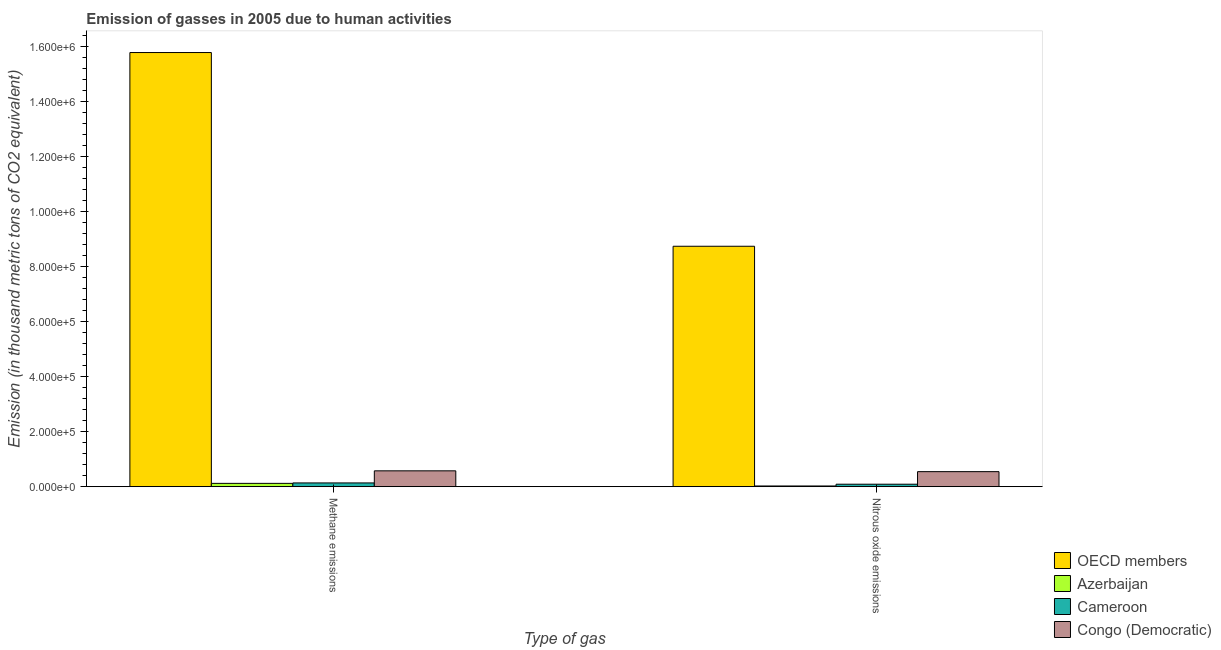
| Type of gas | OECD members | Azerbaijan | Cameroon | Congo (Democratic) |
 | --- | --- | --- | --- | --- |
 | Methane emissions | 1.58e+06 | 1.21e+04 | 1.37e+04 | 5.77e+04 |
 | Nitrous oxide emissions | 8.75e+05 | 2.6e+03 | 9.03e+03 | 5.47e+04 |